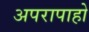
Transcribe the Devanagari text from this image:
अपरापाहो